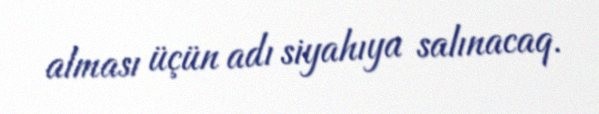
alması üçün adı siyahıya salınacaq.